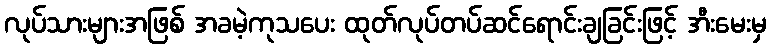
လုပ်သားများအဖြစ် အခမဲ့ကုသပေး ထုတ်လုပ်တပ်ဆင်ရောင်းချခြင်းဖြင့် အီးမေးမှ